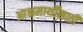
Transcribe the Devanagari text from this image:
आश्रमार्थींसाठी